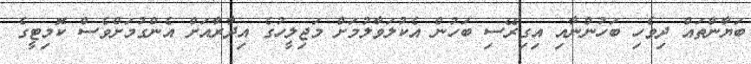
ބަޔާންތައް ދިވެހި ބަހުންނާއި އިގިރޭސި ބަހުން އެކުލަވާލުމަށް މަޖިލީހުގެ އިދާރާއަށް އެންގުމަށްވެސް ކޮމިޓީގެ